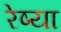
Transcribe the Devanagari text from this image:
रेष्या